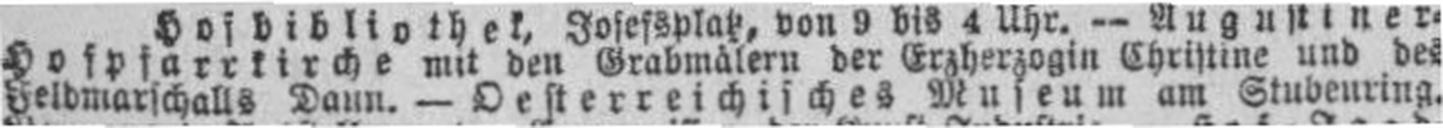
Feldmarschalls Daun. — Oesterreichisches Museum am Stubenring.